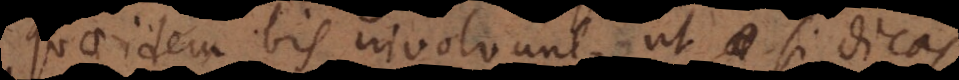
quae idem bis involvunt, ut si dicas